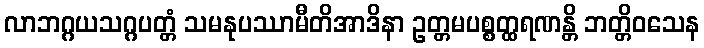
လာဘဂ္ဂယသဂ္ဂပတ္တံ သမနုပဿာမီတိအာဒိနာ ဥတ္တမပစ္စတ္ထရဏန္တိ ဘတ္တိဝသေန